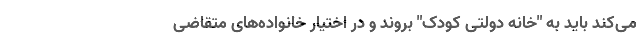
می‌کند باید به "خانه دولتی کودک" بروند و در اختیار خانواده‌های متقاضی